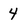
Character: 4